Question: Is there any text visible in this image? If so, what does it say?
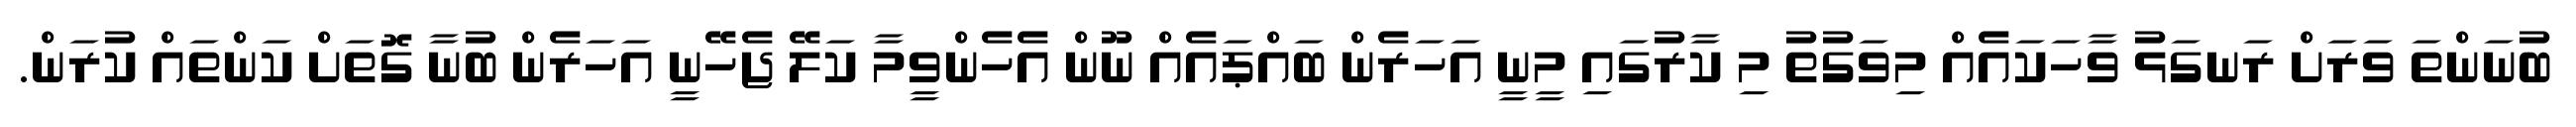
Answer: ބުނަންތަ ވަރަށް ރަނގަޅު ވާހަކައެއް މިވަގުތު މި ކާރުގައި މީނީ އަހަރެން ބައްޕައެއް ނޫން އެހެންވީމާ ކަލޭ ޖެހޭނީ އަހަރެން ބުނާ ގޮތަށް ކަންތައް ކުރަން.